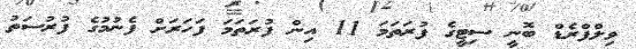
ވިލްފްރެޑް ބޮނީ ސިޓީގެ ފުރަތަމަ 11 އިން ފުރަތަމަ ފަހަރަށް ފެނުމުގެ ފުރުސަތު